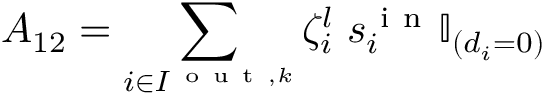
A _ { 1 2 } = \sum _ { i \in I ^ { \mathrm { ~ o ~ u ~ t ~ } , k } } \zeta _ { i } ^ { l } \; s _ { i } ^ { \mathrm { ~ i ~ n ~ } } \mathbb { I } _ { ( d _ { i } = 0 ) }